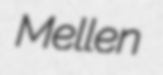
Mellen